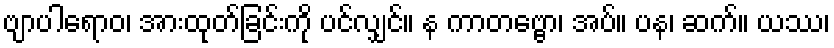
ဗျာပါရောဝ၊ အားထုတ်ခြင်းကို ပင်လျှင်။ န ကာတဗ္ဗော၊ အပ်။ ပန၊ ဆက်။ ယဿ၊